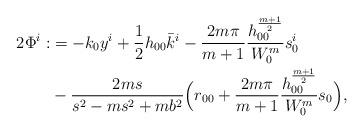
LaTeX: \begin{align*}2\Phi^i : &= -k_0 y^i + \frac{1}{2}h_{00}\bar{k}^i - \dfrac{2m\pi}{m+1}\frac{h_{00}^{\frac{m+1}{2}}}{W_0^m} s_0^i \\&- \frac{2ms}{s^2 - ms^2 + mb^2} \Bigl(r_{00} + \dfrac{2m \pi}{m+1}\frac{h_{00}^{\frac{m+1}{2}}}{W_0^m} s_0\Bigr),\end{align*}